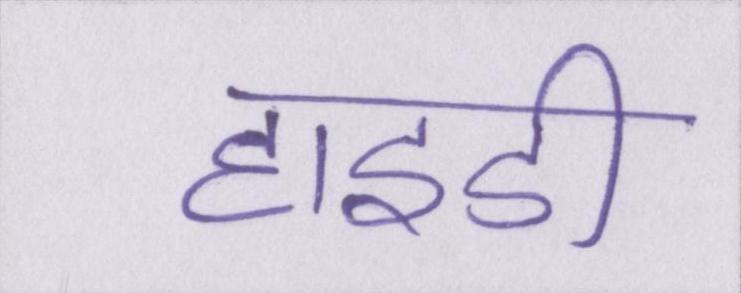
हाइडी